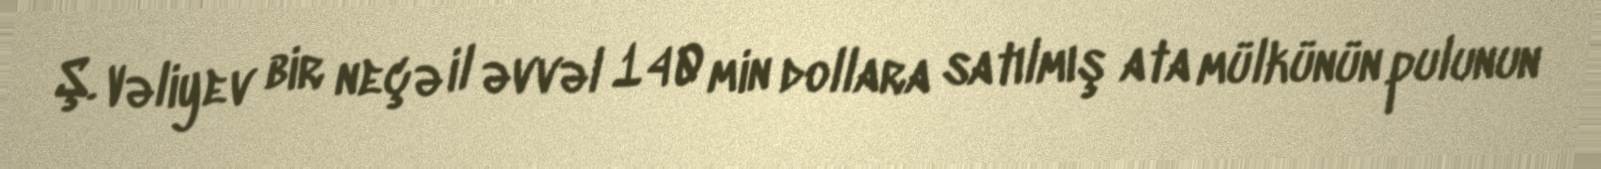
Ş. Vəliyev bir neçə il əvvəl 140 min dollara satılmış ata mülkünün pulunun